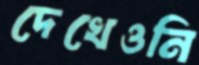
দেখেওনি